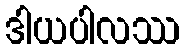
ဒါယပါလဿ